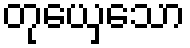
တုယှေသော